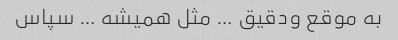
به موقع و‌دقیق … مثل همیشه … سپاس